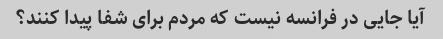
آیا جایی در فرانسه نیست که مردم برای شفا پیدا کنند؟